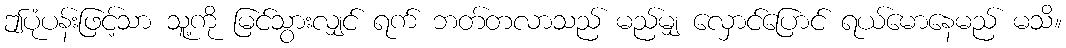
ဤပုံပန်းဖြင့်သာ သူ့ကို မြင်သွားလျှင် ရက် ဘတ်တလာသည် မည်မျှ လှောင်ပြောင် ရယ်မောနေမည် မသိ။